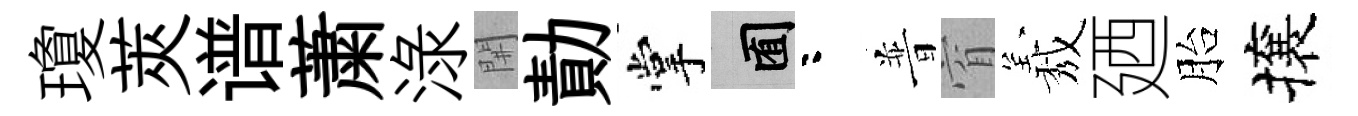
瓊莢谱䔥渌𨳩勣掌囿咯普窅𦏁廼胎攘